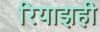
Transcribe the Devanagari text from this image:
रियाझही